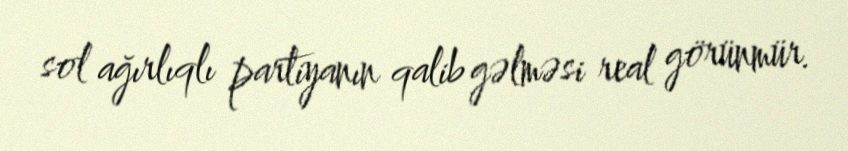
sol ağırlıqlı partiyanın qalib gəlməsi real görünmür.